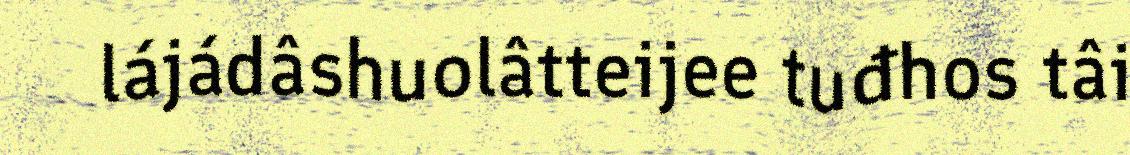
lájádâshuolâtteijee tuđhos tâi